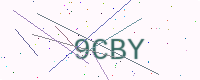
Text: 9CBY